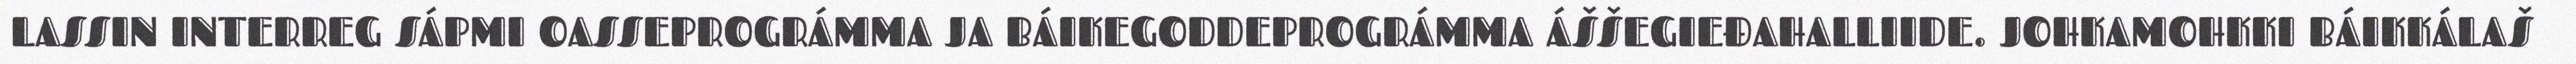
LASSIN INTERREG SÁPMI OASSEPROGRÁMMA JA BÁIKEGODDEPROGRÁMMA ÁŠŠEGIEĐAHALLIIDE. JOHKAMOHKKI BÁIKKÁLAŠ